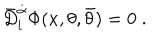
\bar { D } _ { i } ^ { \dot { \alpha } } \Phi ( x , \theta , \bar { \theta } ) = 0 \; .